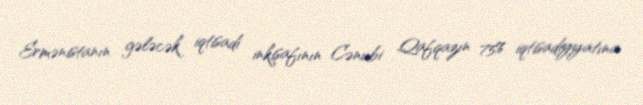
Ermənistanın gələcək iqtisadi inkişafının Cənubi Qafqazın 75% iqtisadiyyatına